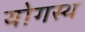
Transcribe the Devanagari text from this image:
योगस्थ